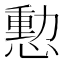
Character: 憅